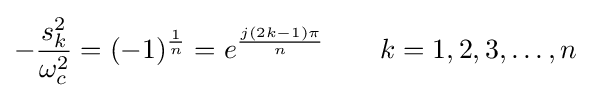
-{\frac {s_{k}^{2}}{\omega _{c}^{2}}}=(-1)^{\frac {1}{n}}=e^{\frac {j(2k-1)\pi }{n}}\qquad k=1,2,3,\ldots ,n